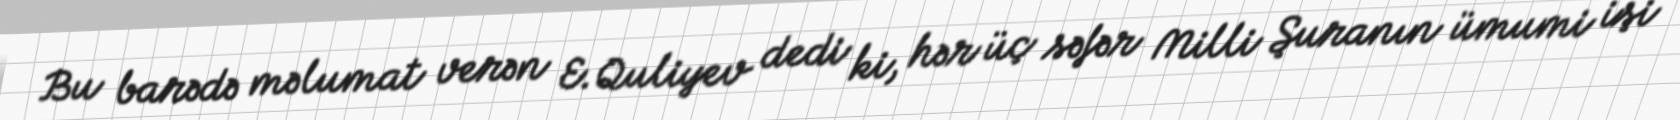
Bu barədə məlumat verən E.Quliyev dedi ki, hər üç səfər Milli Şuranın ümumi işi